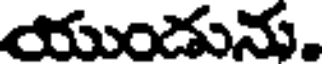
యుండును.